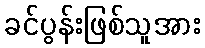
ခင်ပွန်းဖြစ်သူအား